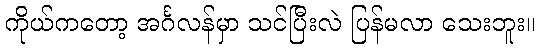
ကိုယ်ကတော့ အင်္ဂလန်မှာ သင်ပြီးလဲ ပြန်မလာ သေးဘူး။